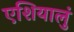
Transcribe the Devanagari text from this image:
एशियालुं